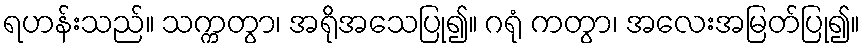
ရဟန်းသည်။ သက္ကတွာ၊ အရိုအသေပြု၍။ ဂရုံ ကတွာ၊ အလေးအမြတ်ပြု၍။